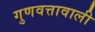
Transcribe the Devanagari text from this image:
गुणवत्तावाली